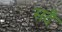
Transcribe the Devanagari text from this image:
सदै